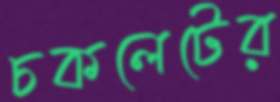
চকলেটের